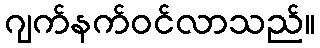
ဂျက်နက်ဝင်လာသည်။